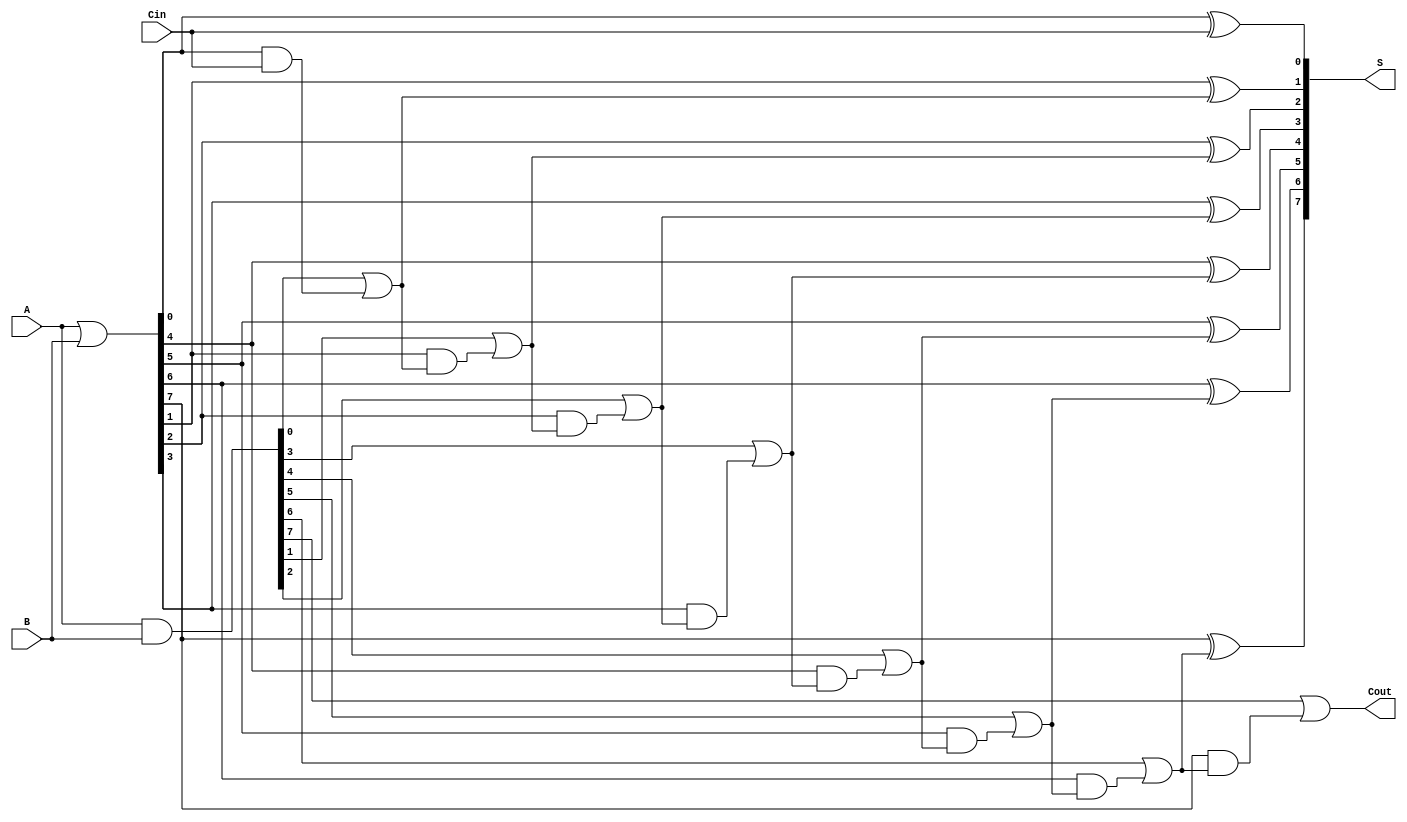
module brent_kung_adder #(parameter n = 8) (
    input [n-1:0] A,      // First n-bit input
    input [n-1:0] B,      // Second n-bit input
    input Cin,            // Carry input
    output [n-1:0] S,     // n-bit sum output
    output Cout           // Carry output
);

    // Generate and propagate signals
    wire [n-1:0] G; // Generate signals
    wire [n-1:0] P; // Propagate signals
    wire [n:0] C;   // Carry signals

    // Generate and propagate calculations
    assign G = A & B;         // G[i] = A[i] AND B[i]
    assign P = A | B;         // P[i] = A[i] OR B[i]

    // Carry generation
    assign C[0] = Cin;        // Initial carry input

    genvar i;
    generate
        // Carry generation stages
        for (i = 0; i < n; i = i + 1) begin : carry_gen
            if (i == 0) begin
                assign C[i + 1] = G[i] | (P[i] & C[i]); // C[1] calculation
            end else begin
                assign C[i + 1] = G[i] | (P[i] & C[i]); // C[i + 1] calculation
            end
        end
    endgenerate

    // Sum calculation
    generate
        for (i = 0; i < n; i = i + 1) begin : sum_calc
            assign S[i] = P[i] ^ C[i]; // S[i] = P[i] XOR C[i]
        end
    endgenerate

    // Final carry out
    assign Cout = C[n]; // Carry out from the last stage

endmodule